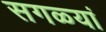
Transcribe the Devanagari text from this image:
सगळ्यां